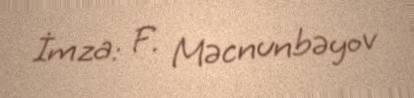
İmza: F. Məcnunbəyov